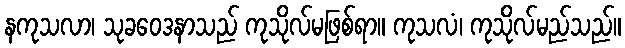
နကုသလာ၊ သုခဝေဒနာသည် ကုသိုလ်မဖြစ်ရာ။ ကုသလံ၊ ကုသိုလ်မည်သည်။